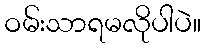
ဝမ်းသာရမလိုပါပဲ။